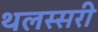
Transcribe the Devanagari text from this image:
थलस्सरी